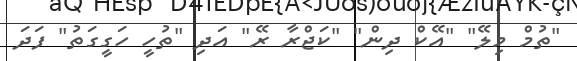
"ތުމް މިލޭ" "އޭކް ދިން" "ކަޖްރާ ރޭ" އަދި "ތުހީ ހަގީގަތު" ފަދަ